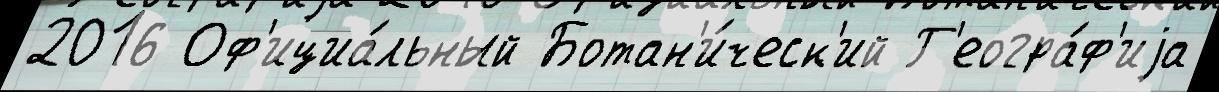
2016 Оф'ициа́льный Ботан'и́ческ'ий Г'еогра́ф'иjа